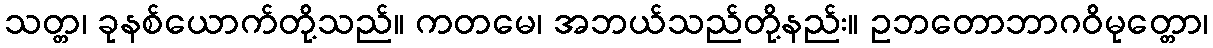
သတ္တ၊ ခုနစ်ယောက်တို့သည်။ ကတမေ၊ အဘယ်သည်တို့နည်း။ ဥဘတောဘာဂဝိမုတ္တော၊